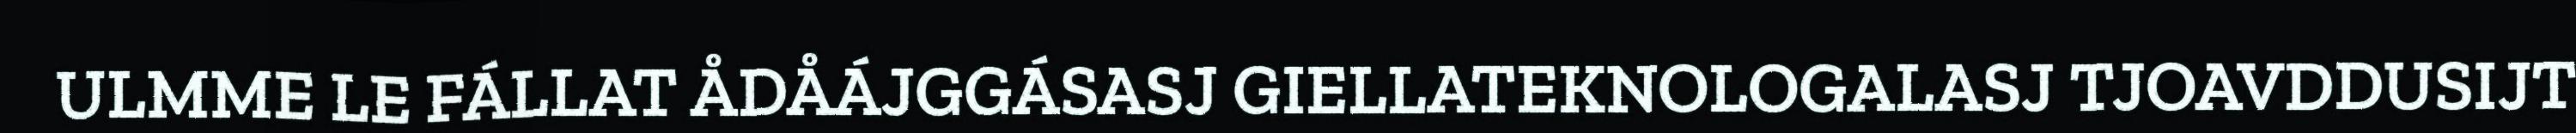
ULMME LE FÁLLAT ÅDÅÁJGGÁSASJ GIELLATEKNOLOGALASJ TJOAVDDUSIJT